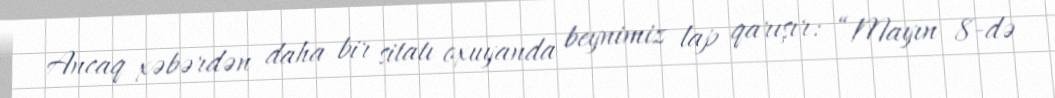
Ancaq xəbərdən daha bir sitatı oxuyanda beynimiz lap qarışır: “Mayın 8-də